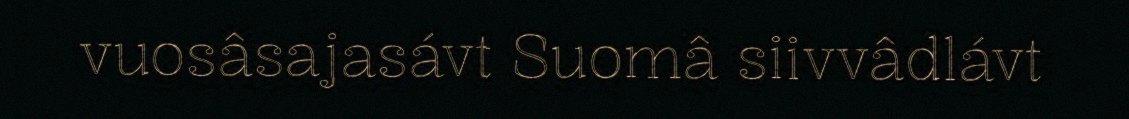
vuosâsajasávt Suomâ siivvâdlávt